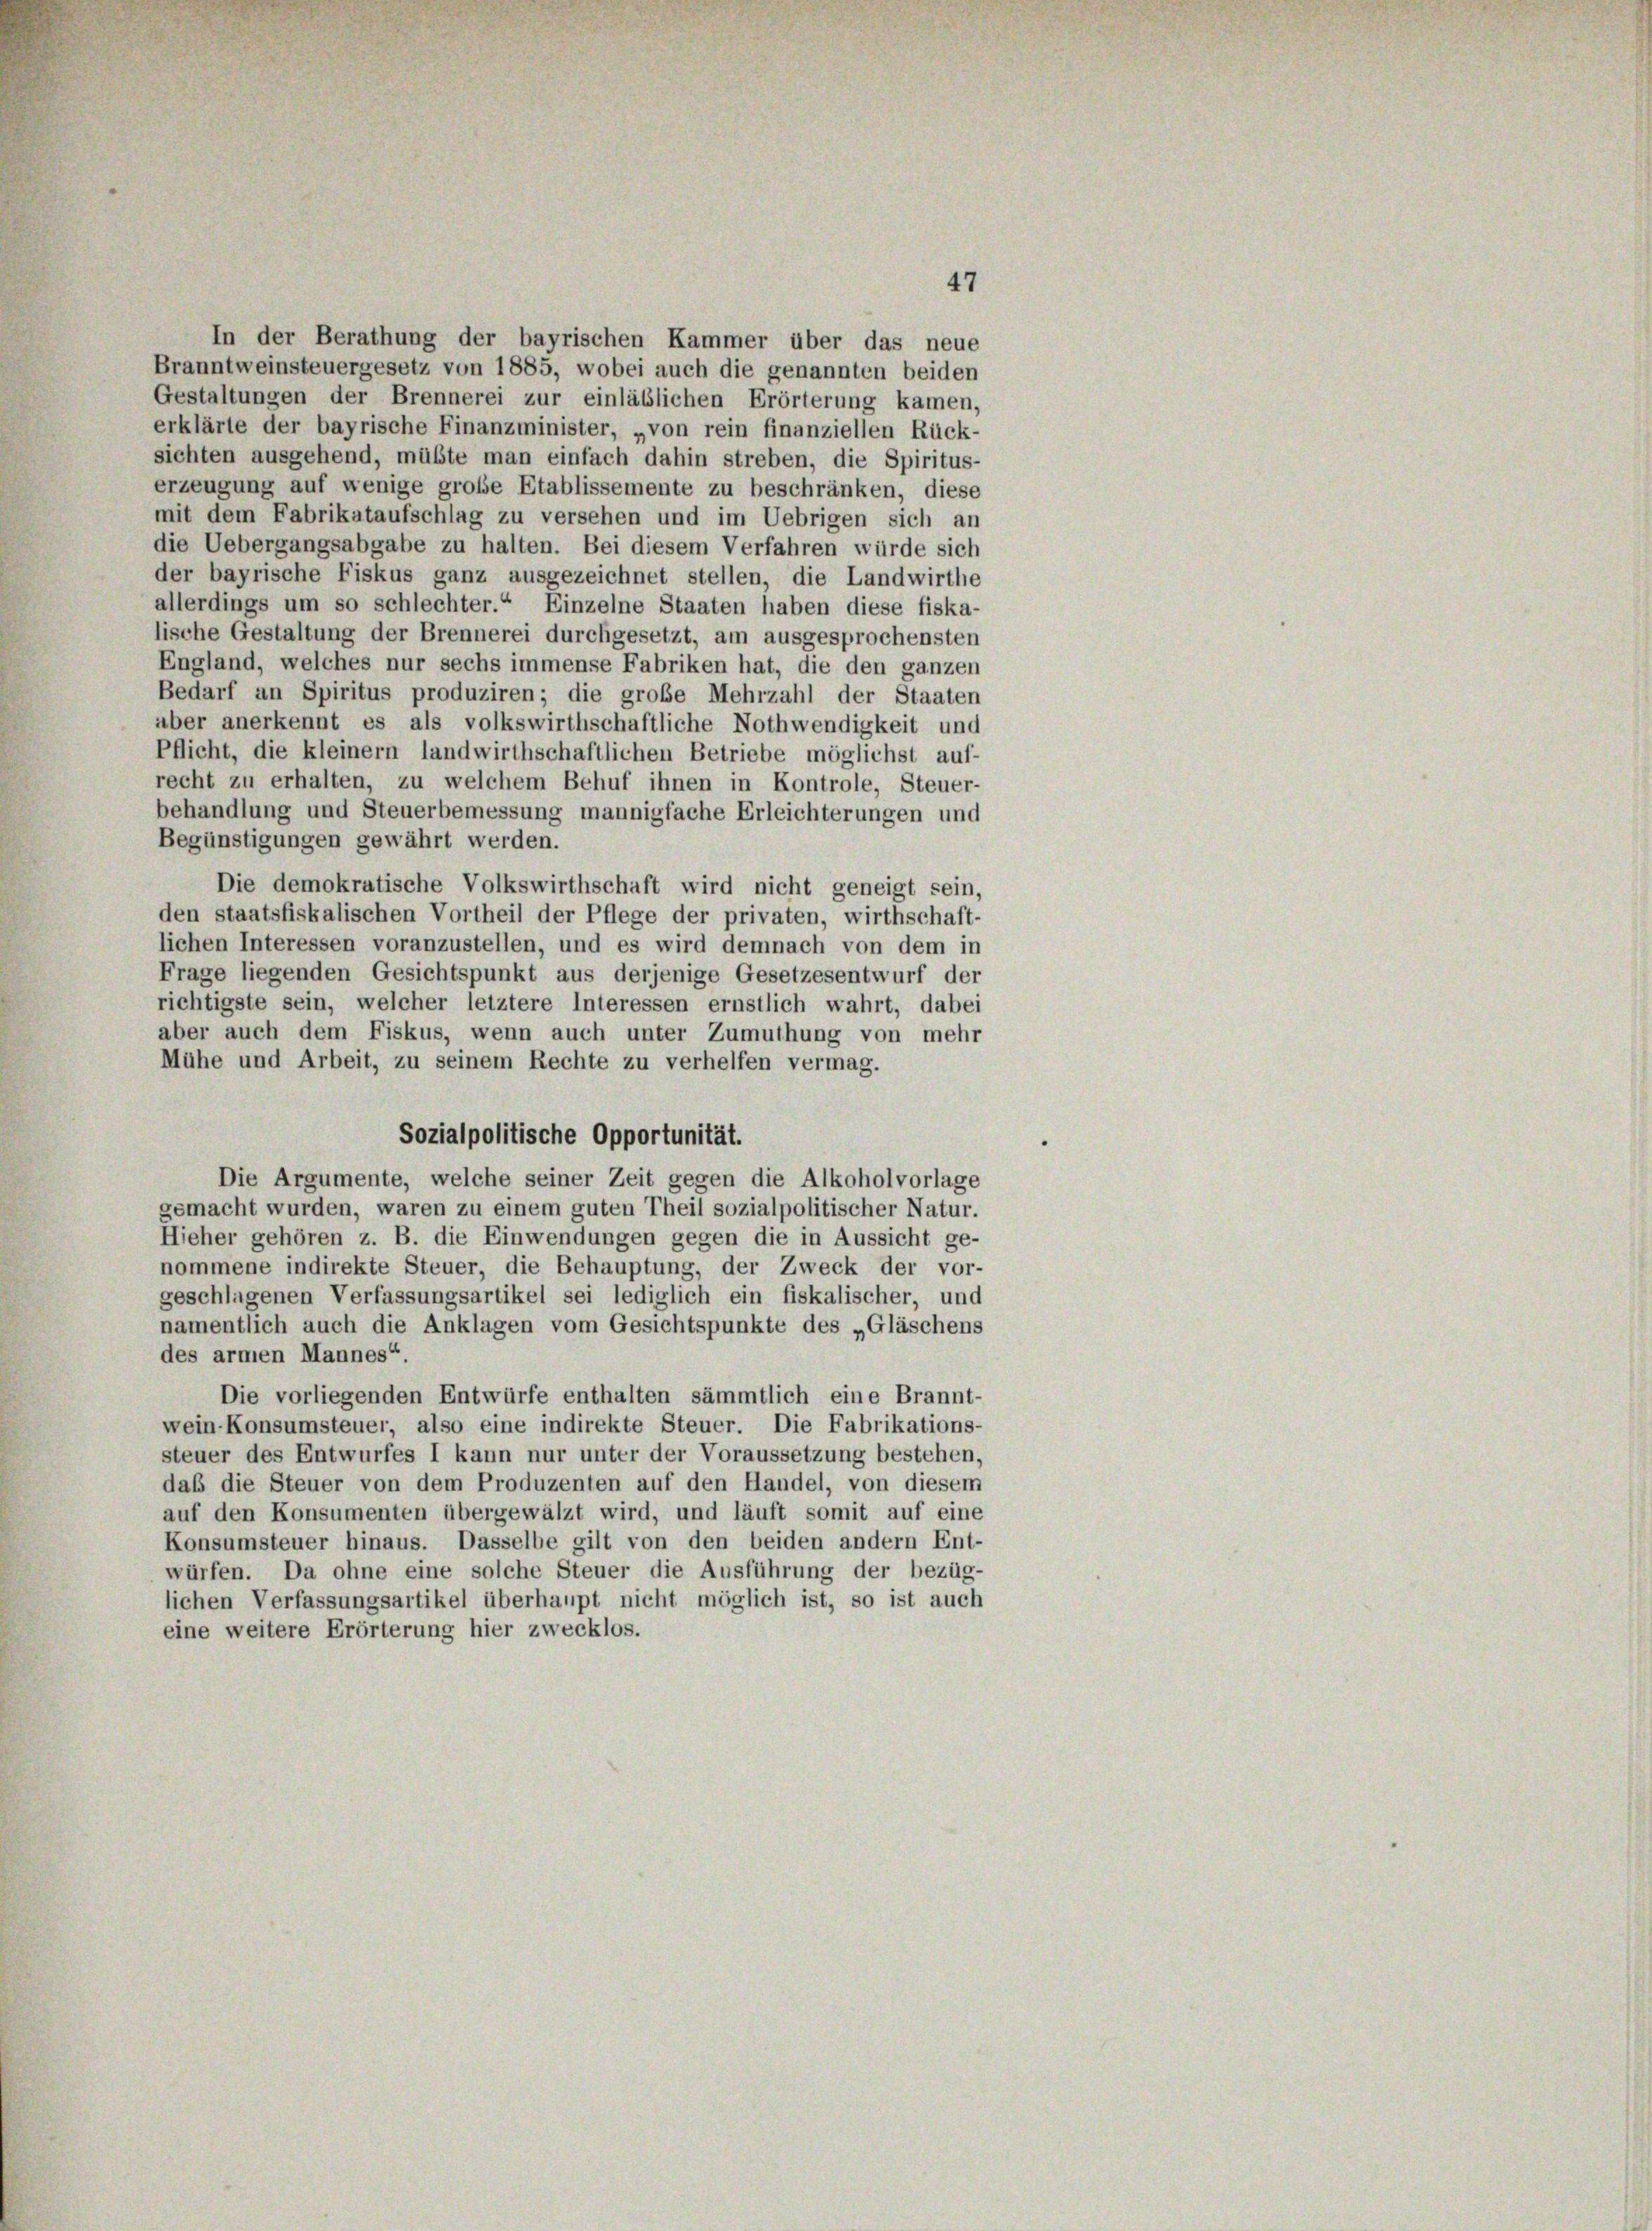
47
In der Berathung der bayrischen Kammer über das neue
Branntweinsteuergesetz von 1885, wobei auch die genannten beiden
Gestaltungen der Brennerei zur einläßlichen Erörterung kamen,
erklärte der bayrische Finanzminister, „von rein finanziellen Rück-
sichten ausgehend, müßte man einfach dahin streben, die Spiritus-
erzeugung auf wenige große Etablissemente zu beschränken, diese
mit dem Fabrikataufschlag zu versehen und im Uebrigen sich an
die Uebergangsabgabe zu halten. Bei diesem Verfahren würde sich
der bayrische Fiskus ganz ausgezeichnet stellen, die Landwirthe
allerdings um so schlechter.“ Einzelne Staaten haben diese fiska-
lische Gestaltung der Brennerei durchgesetzt, am ausgesprochensten
England, welches nur sechs immense Fabriken hat, die den ganzen
Bedarf an Spiritus produziren; die große Mehrzahl der Staaten
aber anerkennt es als volkswirthschaftliche Nothwendigkeit und
Pflicht, die kleinem landwirthschaftlichen Betriebe möglichst auf-
recht zu erhalten, zu welchem Behuf ihnen in Kontrole, Steuer-
behandlung und Steuerbemessung mannigfache Erleichterungen und
Begünstigungen gewährt werden.
Die demokratische Volkswirthschaft wird nicht geneigt sein,
den staatsfiskalischen Vortheil der Pflege der privaten, wirthschaft-
lichen Interessen voranzustellen, und es wird demnach von dem in
Frage liegenden Gesichtspunkt aus derjenige Gesetzesentwurf der
richtigste sein, welcher letztere Interessen ernstlich wahrt, dabei
aber auch dem Fiskus, wenn auch unter Zumuthung von mehr
Mühe und Arbeit, zu seinem Rechte zu verhelfen vermag.
Sozialpolitische Opportunität.
Die Argumente, welche seiner Zeit gegen die Alkoholvorlage
gemacht wurden, waren zu einem guten Theil sozialpolitischer Natur.
Hieher gehören z. B. die Einwendungen gegen die in Aussicht ge-
nommene indirekte Steuer, die Behauptung, der Zweck der vor-
geschlagenen Verfassungsartikel sei lediglich ein fiskalischer, und
namentlich auch die Anklagen vom Gesichtspunkte des „Gläschens
des armen Mannes“
Die vorliegenden Entwürfe enthalten sämmtlich eine Brannt-
wein Konsumsteuer, also eine indirekte Steuer. Die Fabrikations-
steuer des Entwurfes I kann nur unter der Voraussetzung bestehen,
daß die Steuer von dem Produzenten auf den Handel, von diesem
auf den Konsumenten übergewälzt wird, und läuft somit auf eine
Konsumsteuer hinaus. Dasselbe gilt von den beiden andern Ent-
würfen. Da ohne eine solche Steuer die Ausführung der bezüg-
lichen Verfassungsartikel überhaupt nicht möglich ist, so ist auch
eine weitere Erörterung hier zwecklos.